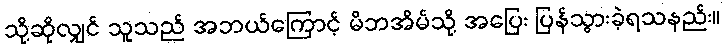
သို့ဆိုလျှင် သူသည် အဘယ်ကြောင့် မိဘအိမ်သို့ အပြေး ပြန်သွားခဲ့ရသနည်း။